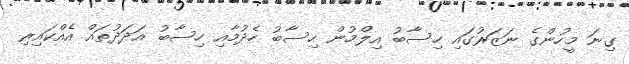
ގިނަ މީހުންގެ ނަޒަރުގައި ހިސާބު އިލްމުން ހިސާބު ހެދުމާއި ހިސާބު އަދަދުތައް އެއްކައިރި